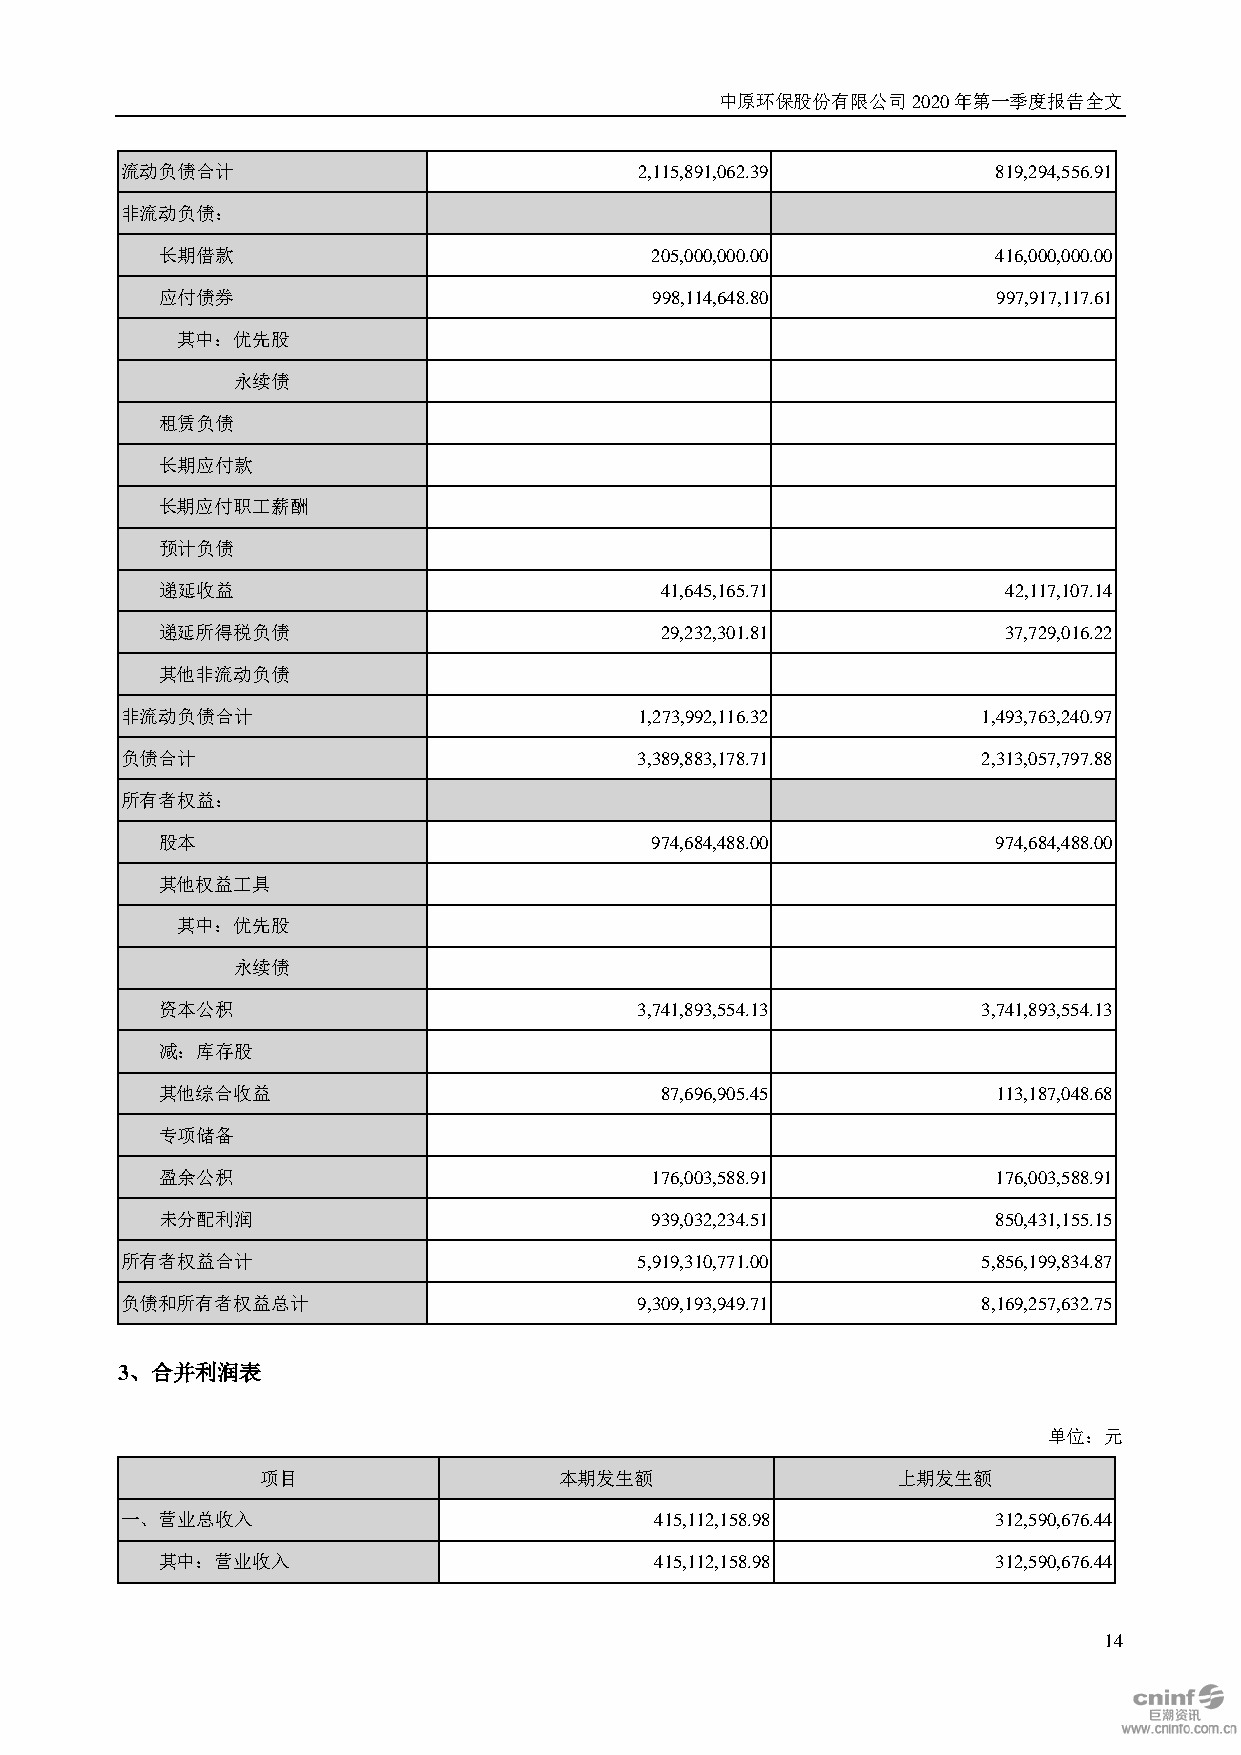
中原环保股份有限公司2020年第一季度报告全文
 流动负债合计                            2,115,891,062.39        819,294,556.91
 非流动负债：
 长期借款                             205,000,000.00         416,000,000.00
 应付债券                             998,114,648.80         997,917,117.61
 其中：优先股
 永续债
 租赁负债
 长期应付款
 长期应付职工薪酬
 预计负债
 递延收益                              41,645,165.71          42,117,107.14
 递延所得税负债                           29,232,301.81         37,729,016.22
 其他非流动负债
 非流动负债合计                           1,273,992,116.32       1,493,763,240.97
 负债合计                              3,389,883,178.71       2,313,057,797.88
 所有者权益：
 股本                               974,684,488.00         974,684,488.00
 其他权益工具
 其中：优先股
 永续债
 资本公积                            3,741,893,554.13       3,741,893,554.13
 减：库存股
 其他综合收益                            87,696,905.45         113,187,048.68
 专项储备
 盈余公积                             176,003,588.91         176,003,588.91
 未分配利润                            939,032,234.51         850,431,155.15
 所有者权益合计                           5,919,310,771.00       5,856,199,834.87
 负债和所有者权益总计                        9,309,193,949.71       8,169,257,632.75
 3、合并利润表
 单位：元
 项目                  本期发生额                 上期发生额
 一、营业总收入                            415,112,158.98         312,590,676.44
 其中：营业收入                          415,112,158.98         312,590,676.44
 14